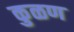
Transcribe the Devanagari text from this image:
कुळण